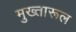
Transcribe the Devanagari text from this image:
मुख्तारूल